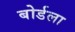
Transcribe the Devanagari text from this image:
बोर्डला